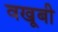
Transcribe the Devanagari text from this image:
वखूबी